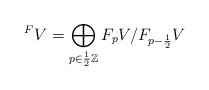
\begin{align*}^F V = \bigoplus_{p \in \frac{1}{2} \mathbb Z} F_pV/F_{p-\frac{1}{2}}V\end{align*}